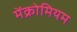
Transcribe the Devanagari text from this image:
मेंक्रोमियम